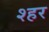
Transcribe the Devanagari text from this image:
श्हर